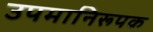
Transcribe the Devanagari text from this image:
उपमानिरूपक